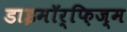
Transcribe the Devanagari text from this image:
डाइमॉर्फ़िज्म